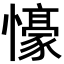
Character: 𭟖